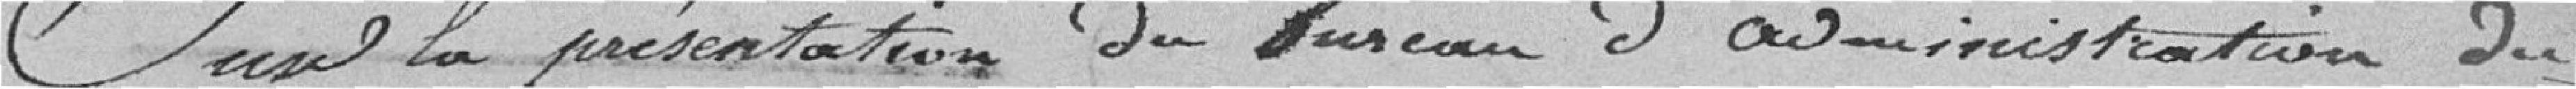
Sur la présentation du bureau d'administration du